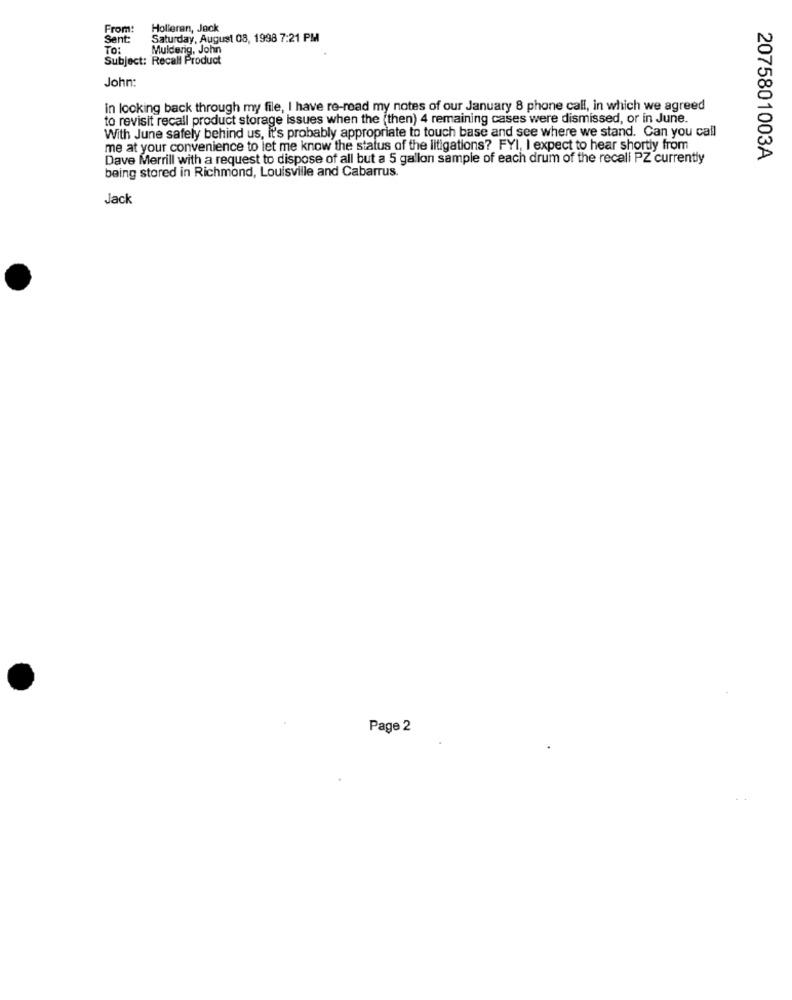
From:
Holleran, Jack
Sent:
Saturday, August 08, 1998 7:21 PM
TO:
Mulderig, John
Subject: Recall Product
John:
in looking back through my file, I have re-read my notes of our January 8 phone call, in which we agreed
to revisit recall product storage issues when the (then) 4 remaining cases were dismissed, or in June.
With June safely behind us, it's probably appropriate to touch base and see where we stand. Can you call
me at your convenience to let me know the status of the litigations? FYI, I expect to hear shortly from
Dave Merrill with a request to dispose of all but a 5 gallon sample of each drum of the recall PZ currently
2075801003A
being stored in Richmond, Louisville and Cabarrus.
Jack
Page 2